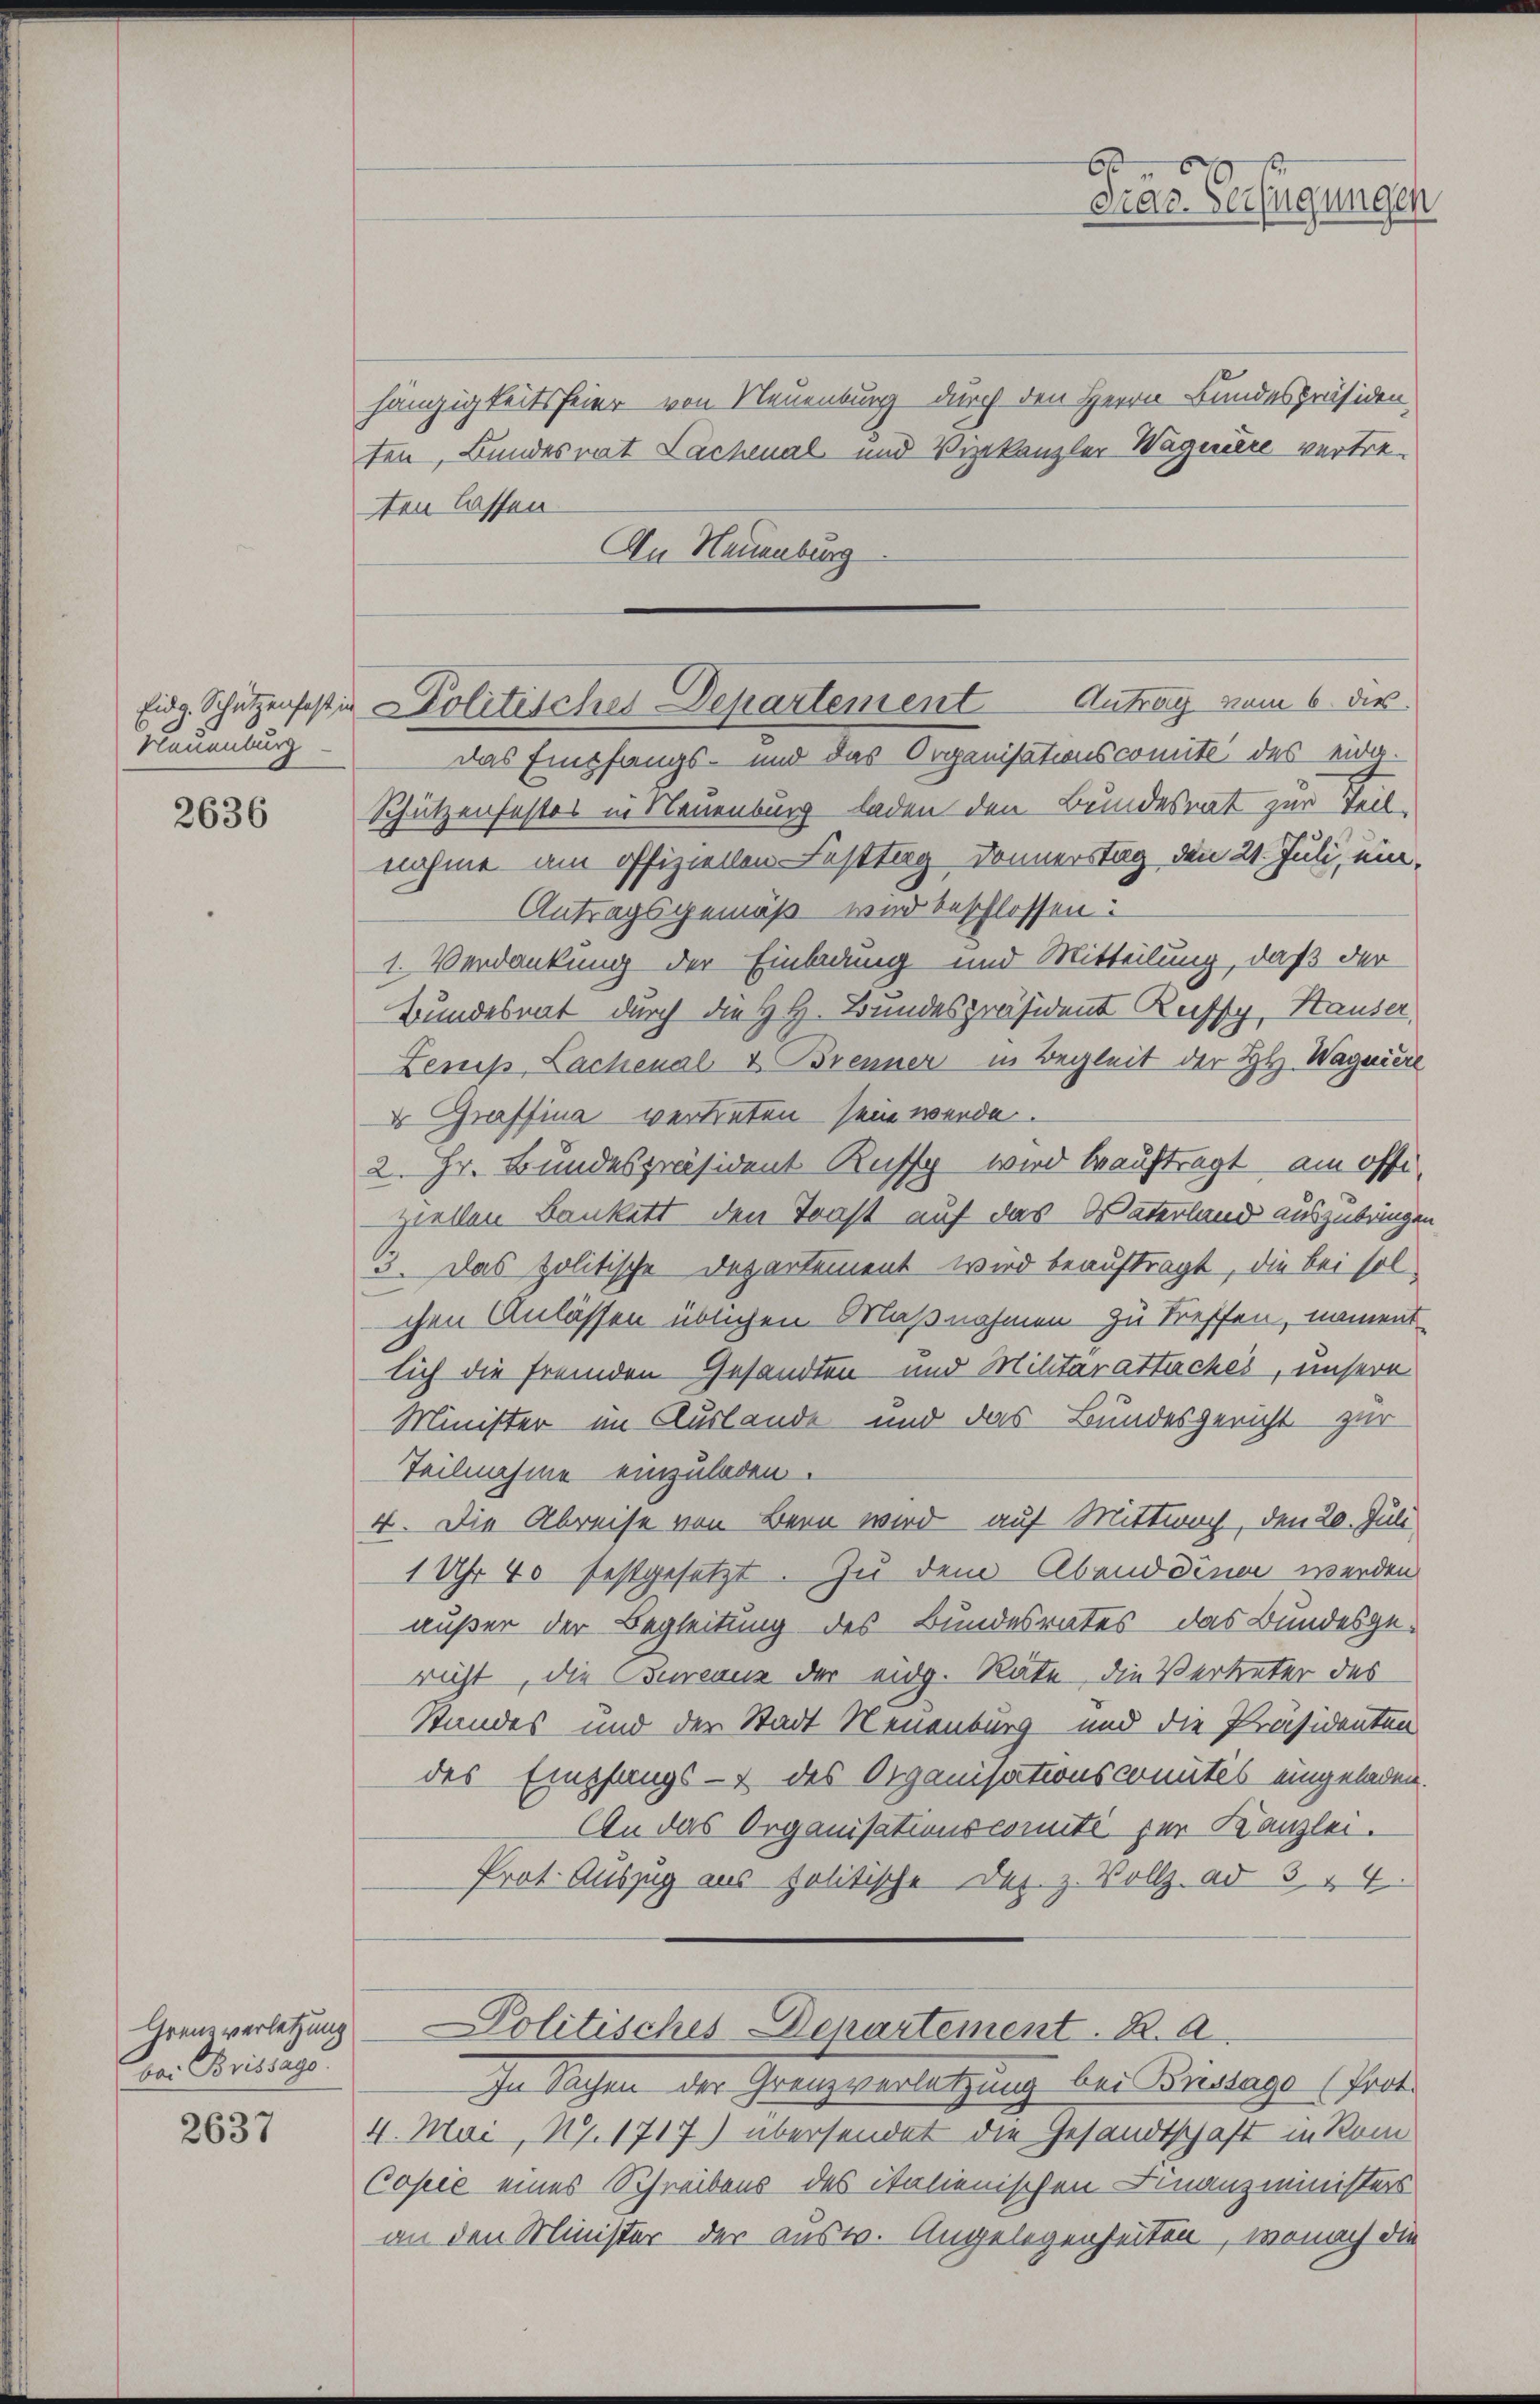
Eidg. Schützenhaft in
Neuenburg

2636

Grenzverletzung
bei Brissage.

2637

hängigkeitsfeier von Neuenburg durch den Herrn Bundespräsiden,
ten, Bundesrat Lachenal und Vizekanzler Wagnere vertreten lassen.
An Neuenburg

Das Empfangs- und das Organisationscomité des eider¬
Schützenfestes in Neuenburg laden den Bundesrat zur Teil-
nahme am offiziellen Festtag Donnerstag den 21. Juli, ein¬
Antragsgemäß wird beschlossen:
1. Verdankung der Einladung und Mitteilung, daß der
Bundesrat durch die H. H. Bundespräsident Reiffy, Hauser,
Lenes Lachenal & Brenner in Begleit der HH. Wagniere
 Graffina vertreten sein werde.
2. Hr. Bundespräsident Kuss wird beauftragt, am offeziellen Bankett den Trast auf das Vaterland auszubringen
3. Das politische Departement wird beauftragt, die bei solchen Anlassen üblichen Maßnahmen zu treffen, nament-
lich die fremden Gesandten und Militarattaches, unsere
Minister im Auslande und das Bundesgericht zur
Teilnahme einzuladen.
4. Die Abreise von Bern wird auf Mittwoch, den 20. Juli
1 Uhr 40 festgesetzt. Zu dem Abend diner werden
außer der Begleitung des Bundesrates das Bundesgericht, die Bureauz der eidg. Rate, die Vertreter des
Standes und der Stadt Neuenburg und die Präsidenten
des Empfangs- des Organisationscomités eingeladen.
An das Organisationscomité für Kanzlei.
Prot. Auszug aus politische Dez. z. Vollz. ad 3. & 4.
Politisches Departement. R. a.
In Sachen der Grenzverletzung bei Fressago (Prot.
4. Mai, Nr. 1717) übersendet die Gesandtschaft in Rom
Copie eines Schreibens des italienischen Finanzministers
an den Minister der ausw. Angelegenheiten, wonach die

Politisches Departement Antrag vom 6. dies

6
car Verfügungen